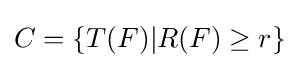
C=\{T(F)|R(F)\geq r\}